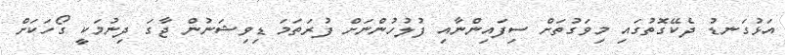
އަޅުގަނޑު ދެކޭގޮތުގައި މިވަގުތަށް ސިފައިންނާއި ފުލުހުންނަށް ފުރަތަަމަ ޑިވިޝަނުން ޖާގަ ދިނުމަކީ ގޯހަކަށް